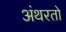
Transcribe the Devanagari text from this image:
अंथरतो